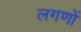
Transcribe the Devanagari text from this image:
लगणों